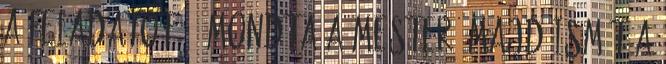
a feladatot. – mondta a mester, majd ismét a